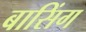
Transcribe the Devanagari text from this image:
बासिंग